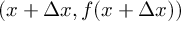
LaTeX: ( x + \Delta x , f ( x + \Delta x ) )